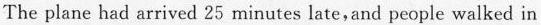
The plane had arrived 25 minutes late，and people walked in